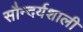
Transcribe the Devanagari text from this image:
सौन्दर्यशाली